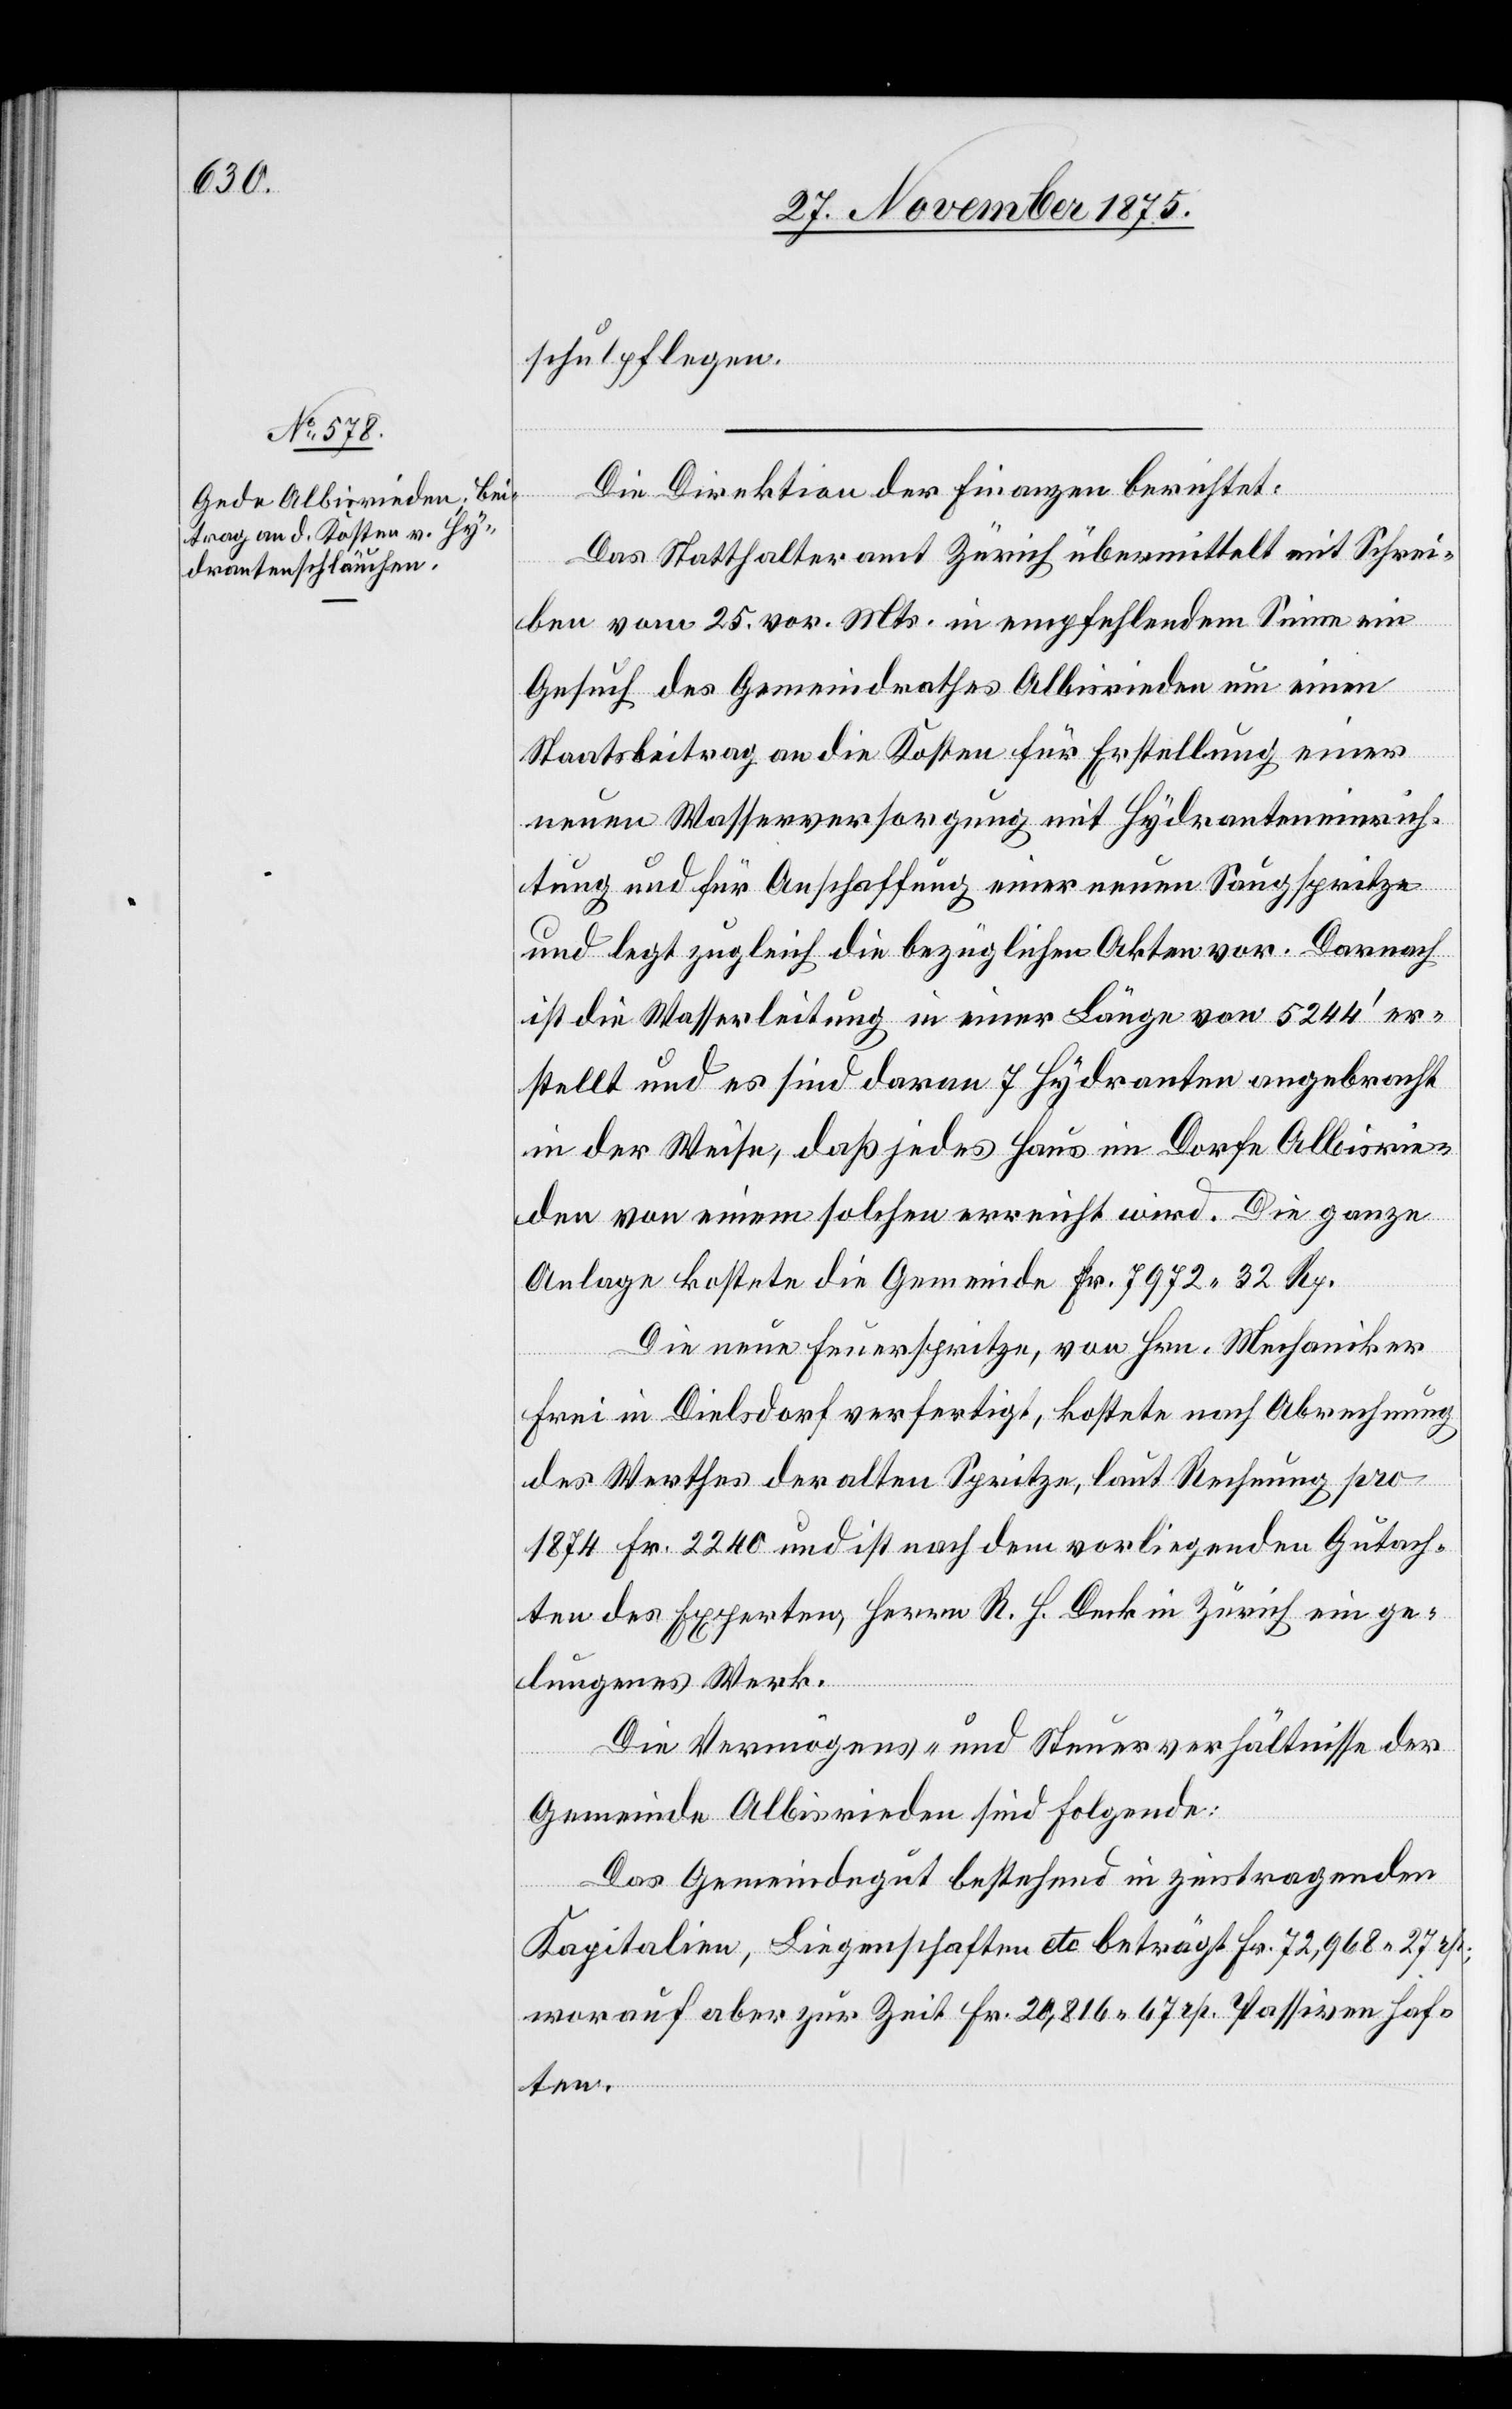
schulpflegen.
Die Direktion der Finanzen berichtet:
Das Statthalteramt Zürich übermittelt mit Schrei¬
ben vom 25. vor. Mts. in empfehlendem Sinne ein
Gesuch des Gemeindrathes Albisrieden um einen
Staatsbeitrag an die Kosten für Erstellung einer
neuen Wasserversorgung mit Hydranteneinrich¬
tung und für Anschaffung einer neuen Saugspritze
und legt zugleich die bezüglichen Akten vor. Darnach
ist die Wasserleitung in einer Länge von 5244‘ er¬
stellt und es sind daran 7 Hydranten angebracht
in der Weise, daß jedes Haus im Dorfe Albisrie¬
den von einem solchen erreicht wird. Die ganze
Anlage kostete die Gemeinde Fr. 7972 32 Rp.
Die neue Feuerspritze, von Hrn. Mechaniker
Frei in Dielsdorf verfertigt, kostete nach Abrechnung
des Werthes der alten Spritze, laut Rechnung pro
1874 Fr. 2240 und ist nach dem vorliegenden Gutach¬
ten des Experten, Herrn R. H. Deck in Zürich ein ge¬
lungenes Werk.
Die Vermögens- und Steuerverhältnisse der
Gemeinde Albisrieden sind Folgende:
Das Gemeindegut bestehend in zinstragenden
Kapitalien, Liegenschaften etc. beträgt Fr. 72,968 27 rp.;
worauf aber zur Zeit Fr. 20,816 67 rp. Passiven haf¬
ten.